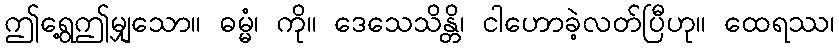
ဤရွေ့ဤမျှသော။ ဓမ္မံ၊ ကို။ ဒေသေသိန္တိ၊ ငါဟောခဲ့လတ်ပြီဟု။ ထေရဿ၊